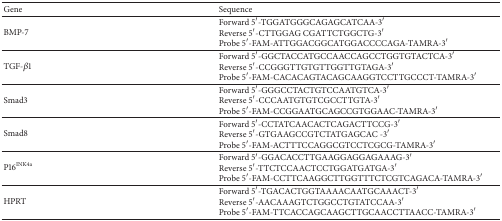
| Gene | Sequence |
 | --- | --- |
 | BMP-7 | Forward 5′-TGGATGGGCAGAGCATCAA-3′ Reverse 5′-CTTGGAG CGATTCTGGCTG-3′ Probe 5′-FAM-ATTGGACGGCATGGACCCCAGA-TAMRA-3′ |
 | TGF-β1 | Forward 5′-GGCTACCATGCCAACCAGCCTGGTGTACTCA-3′ Reverse 5′-CCGGGTTGTGTTGGTTGTAGA-3′ Probe 5′-FAM-CACACAGTACAGCAAGGTCCTTGCCCT-TAMRA-3′ |
 | Smad3 | Forward 5′-GGGCCTACTGTCCAATGTCA-3′ Reverse 5′-CCCAATGTGTCGCCTTGTA-3′ Probe 5′-FAM-CCGGAATGCAGCCGTGGAAC-TAMRA-3′ |
 | Smad8 | Forward 5′-CCTATCAACACTCAGACTTCCG-3′ Reverse 5′-GTGAAGCCGTCTATGAGCAC -3′ Probe 5′-FAM-ACTTTCCAGGCGTCCTCGCG-TAMRA-3′ |
 | P16INK4a | Forward 5′-GGACACCTTGAAGGAGGAGAAAG-3′ Reverse 5′-TTCTCCAACTCCTGGATGATGA-3′ Probe 5′-FAM-CCTTCAAGGCTTGGTTTCTCGTCAGACA-TAMRA-3′ |
 | HPRT | Forward 5′-TGACACTGGTAAAACAATGCAAACT-3′ Reverse 5′-AACAAAGTCTGGCCTGTATCCAA-3′ Probe 5′-FAM-TTCACCAGCAAGCTTGCAACCTTAACC-TAMRA-3′ |